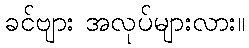
ခင်ဗျား အလုပ်များလား။